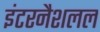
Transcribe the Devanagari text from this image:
इंटरनैशलल